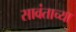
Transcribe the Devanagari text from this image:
सावंताच्या